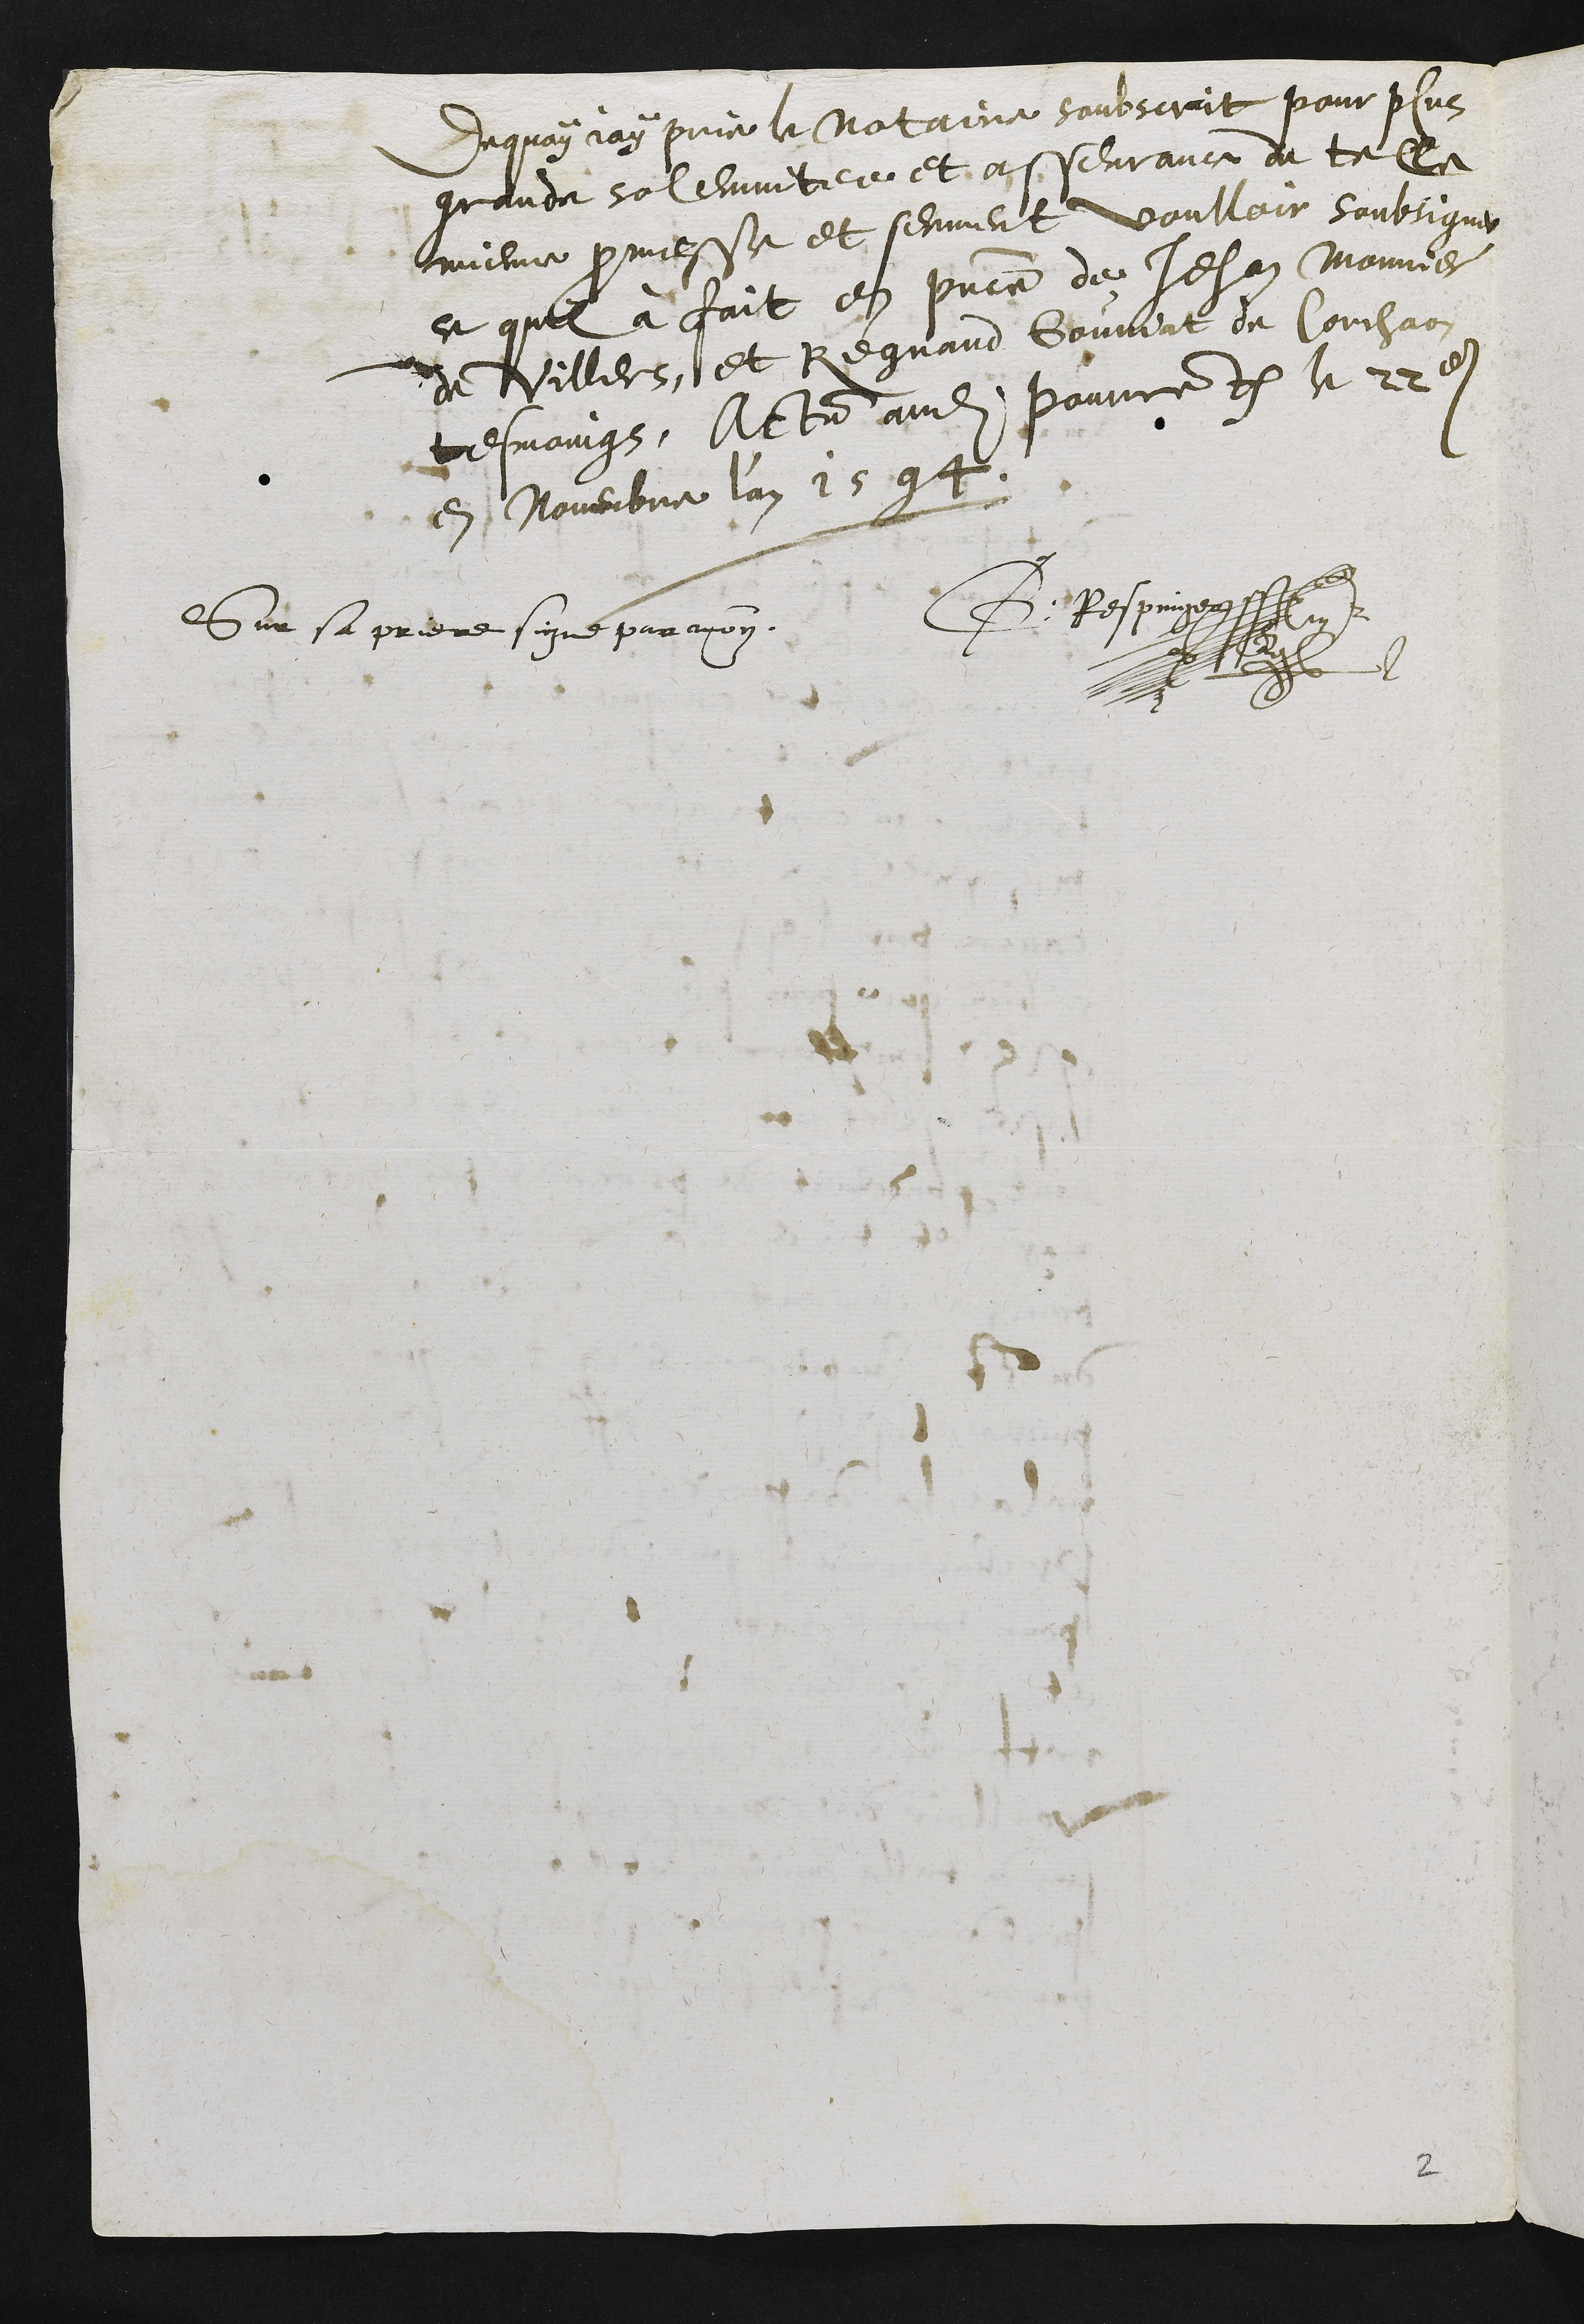
Dequoy jay prie le notaire soubscrit pour plus
grande solemnitee et asseurance de telle
mienne promesse et serment voulloir soubsigner
ce quil à fait en presence de Jehan Monnier
de Villers, et Regnaud Goumat de Corchaon
tesmoings, Actum audit Pourrentruy le 22e
en novembre l'an 1594
Sur sa priere signe par moy
G. Respinger

2